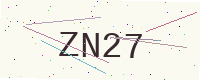
Text: ZN27